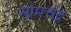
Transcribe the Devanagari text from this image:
सोमचंद्र